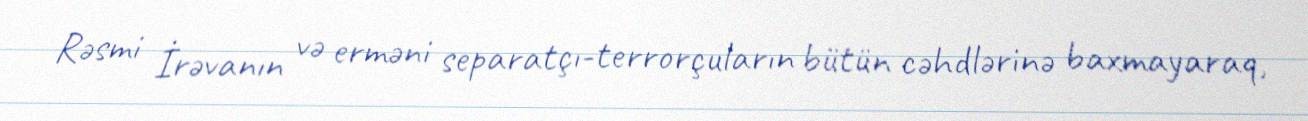
Rəsmi İrəvanın və erməni separatçı-terrorçuların bütün cəhdlərinə baxmayaraq,